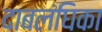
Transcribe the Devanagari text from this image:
दाबलंघिका